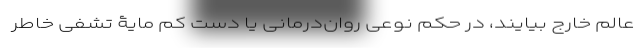
عالم خارج بیایند، در حکم نوعی‌ روان‌درمانی یا دست کم مایۀ تشفی خاطر